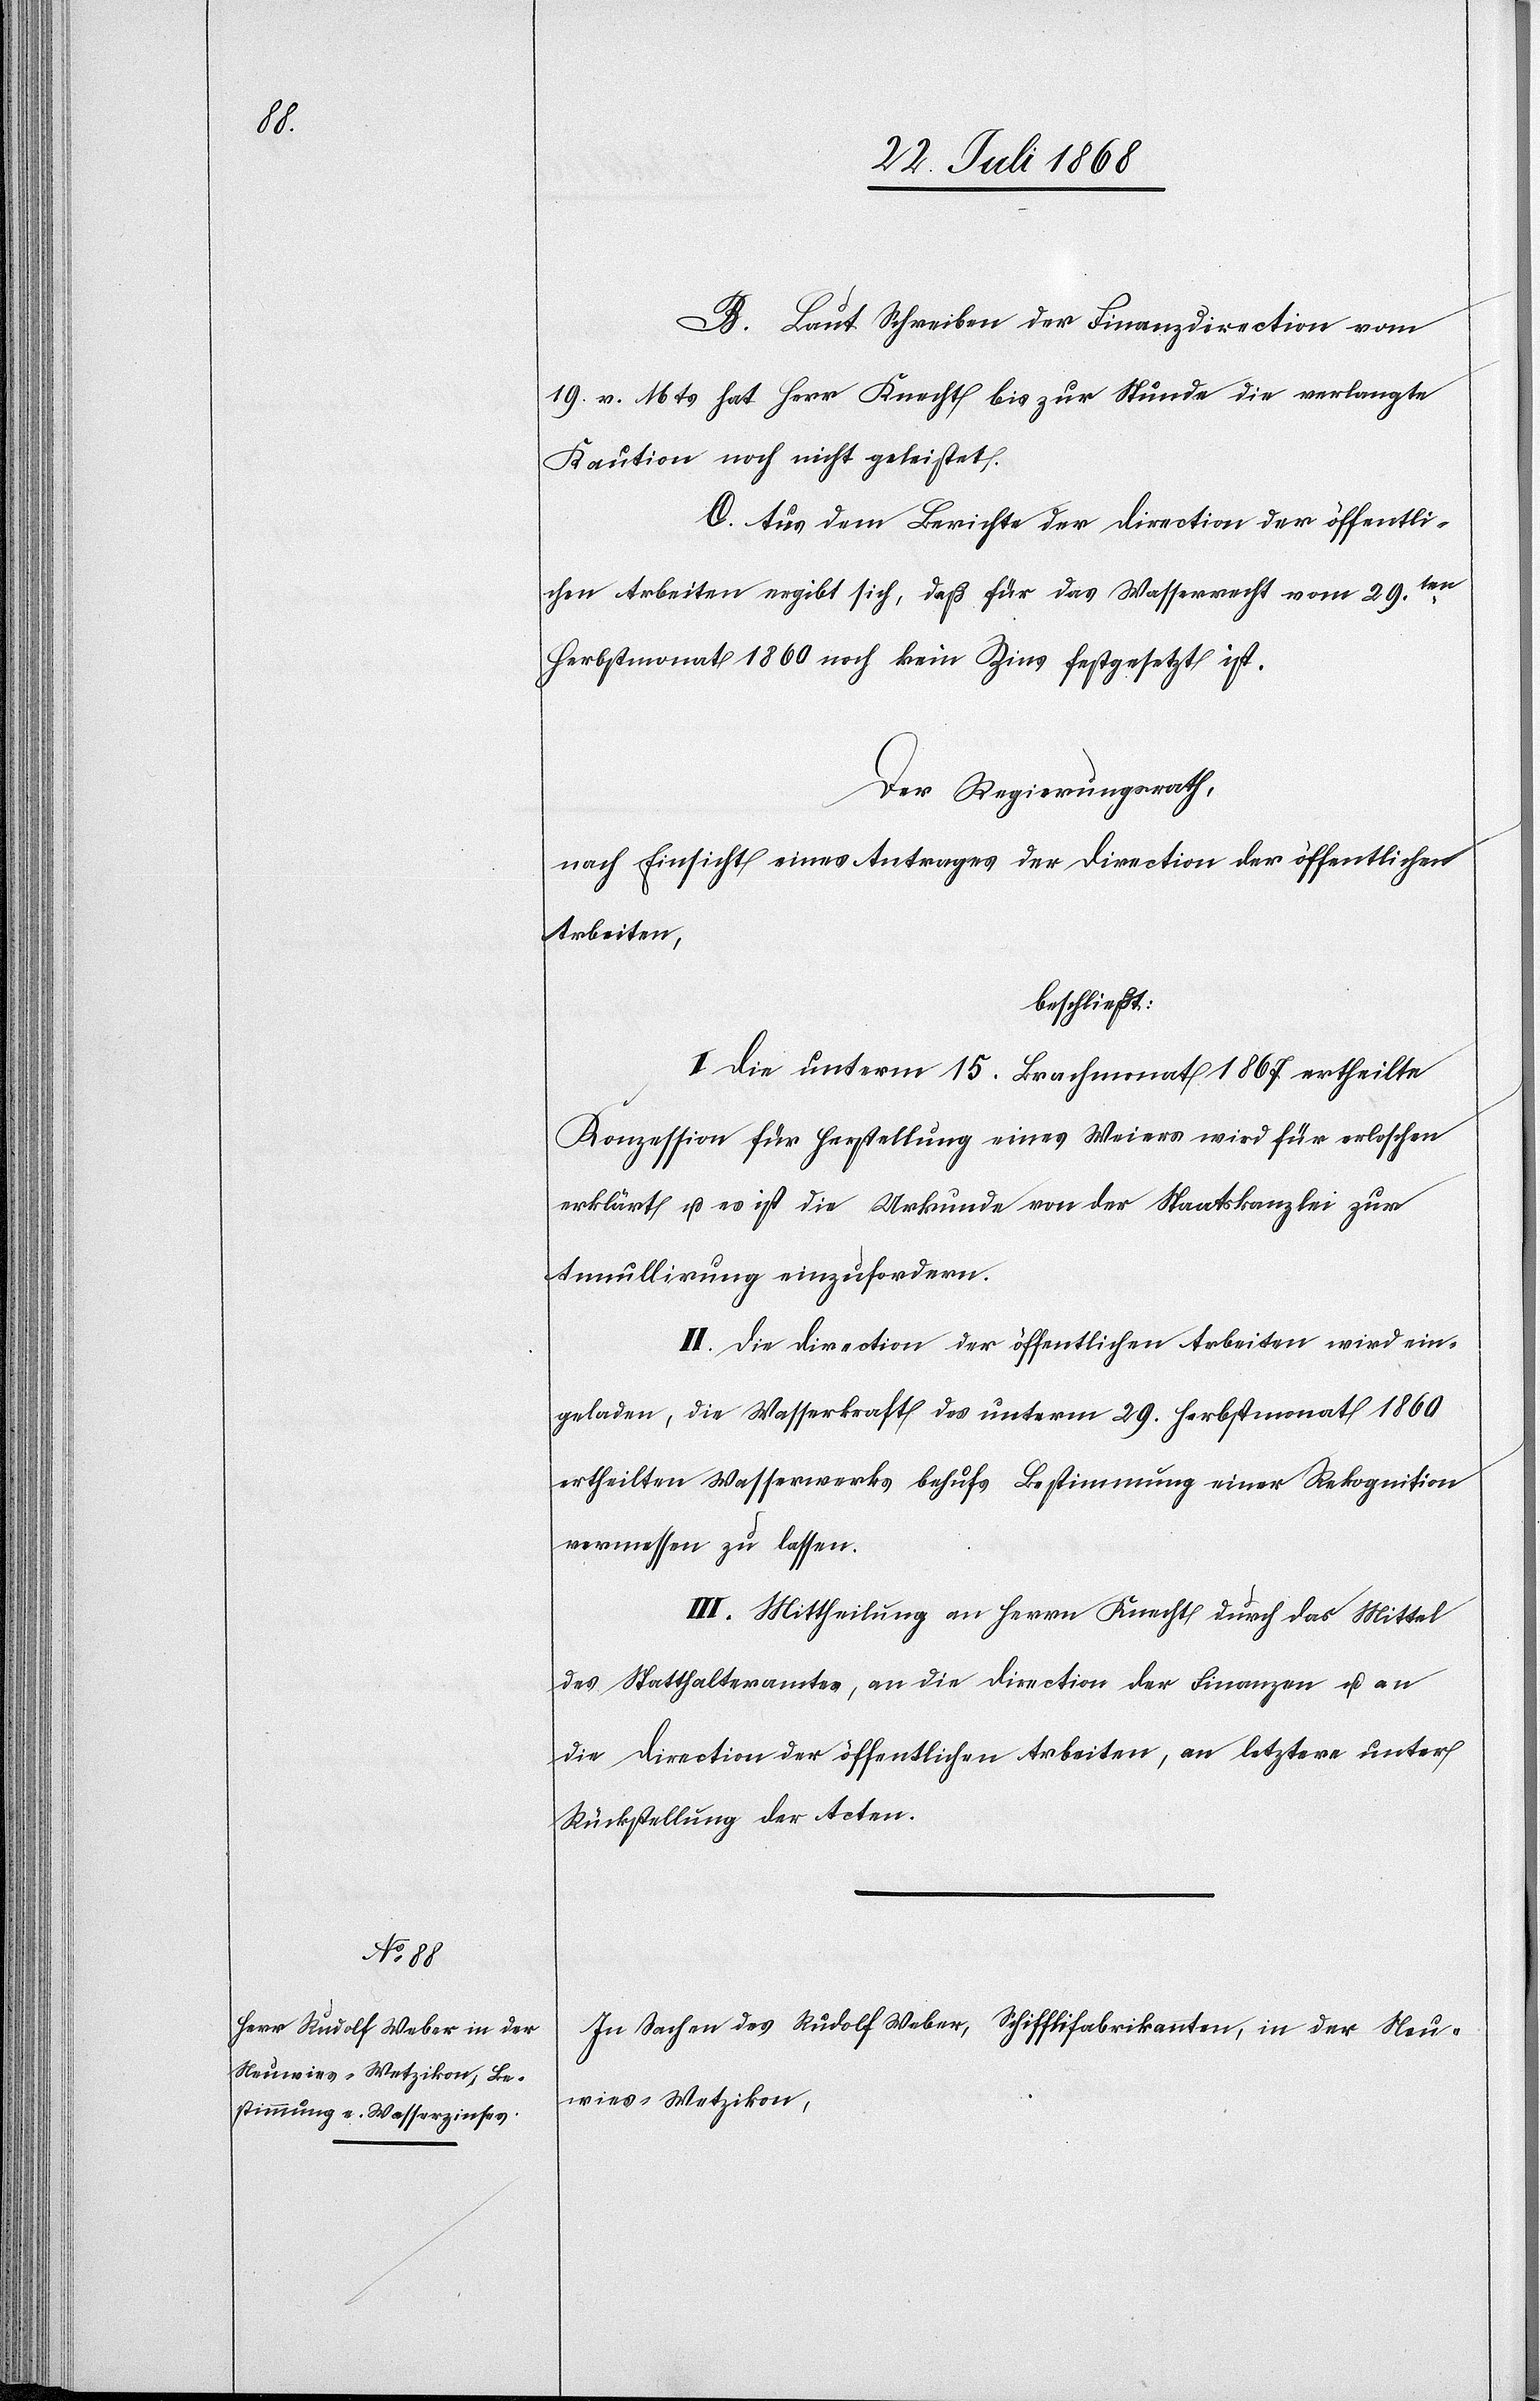
B. Laut Schreiben der Finanzdirection vom
19. v. Mts hat Herr Knecht bis zur Stunde die verlangte
Kaution noch nicht geleistet.
C. Aus dem Berichte der Direction der öffentli¬
chen Arbeiten ergibt sich, daß für das Wasserrecht vom 29ten.
Herbstmonat 1860 noch kein Zins festgesetzt ist.
Der Regierungsrath,
nach Einsicht eines Antrages der Direction der öffentlichen
Arbeiten,
beschließt:
I. Die unterm 15. Brachmonat 1867 ertheilte
Konzession für Herstellung eines Weiers wird für erloschen
erklärt u. es ist die Urkunde von der Staatskanzlei zur
Annullirung einzufordern.
II. Die Direction der öffentlichen Arbeiten wird ein¬
geladen, die Wasserkraft des unterm 29. Herbstmonat 1860
ertheilten Wasserwerks behufs Bestimmung einer Rekognition
vermessen zu lassen.
III. Mittheilung an Herrn Knecht durch das Mittel
des Statthalteramtes, an die Direction der Finanzen u. an
die Direction der öffentlichen Arbeiten, an letztere unter
Rückstellung der Acten.
In Sachen des Rudolf Weber, Schifflifabrikanten, in der Neu¬
wies - Wetzikon,